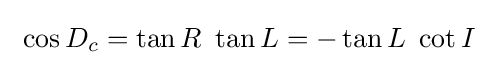
\ \cos D_{c}=\tan R\ \tan L=-\tan L\ \cot I\